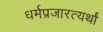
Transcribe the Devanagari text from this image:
धर्मप्रजारत्यर्थां